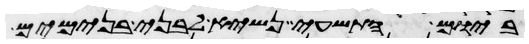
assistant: ביום התשעי נשיא לבני בנימים